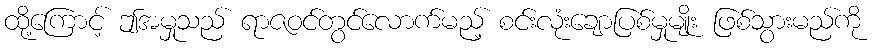
ထို့ကြောင့် ဤအမှုသည် ရာဇဝင်တွင်လောက်မည့် စင်းလုံးချောပြစ်မှုမျိုး ဖြစ်သွားမည်ကို